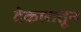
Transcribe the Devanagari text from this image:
देकारातून